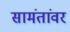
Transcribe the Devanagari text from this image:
सामंतांवर